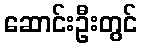
ဆောင်းဦးတွင်